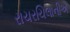
રાચરચિલાનીએ